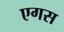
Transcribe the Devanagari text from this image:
एगस